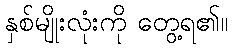
နှစ်မျိုးလုံးကို တွေ့ရ၏။